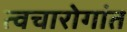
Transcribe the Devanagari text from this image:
त्वचारोगांत